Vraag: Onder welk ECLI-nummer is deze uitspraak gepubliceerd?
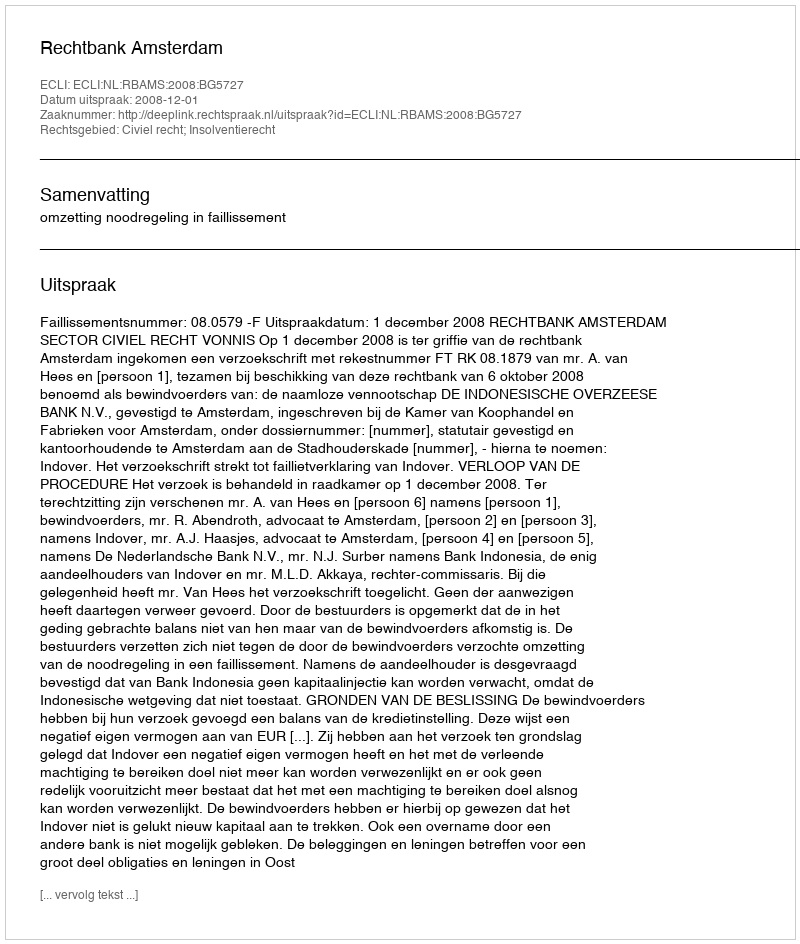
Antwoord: ECLI:NL:RBAMS:2008:BG5727